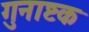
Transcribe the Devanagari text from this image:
गुनाष्टक